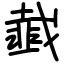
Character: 韯